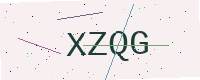
Text: XZQG